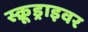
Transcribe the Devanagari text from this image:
स्क्रूड्राइवर